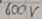
Text: 600V